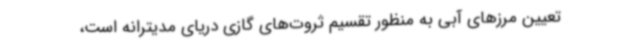
تعیین مرزهای آبی به منظور تقسیم ثروت‌های گازی دریای مدیترانه است،